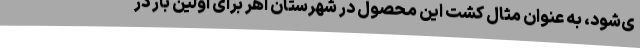
ی‌شود، به عنوان مثال کشت این محصول در شهرستان اهر برای اولین بار در